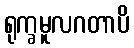
ရုက္ခမူလဂတာပိ